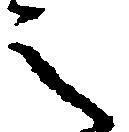
之